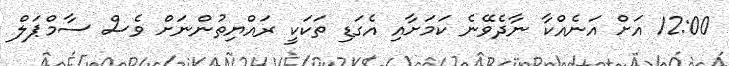
12:00 އަށް އަނެއްކާ ނާދެވޭނެ ކަމަށާއި އެގަޑި ތަކަކީ ރައްޔިތުންނަށް ވެސް ސާމްޕަލް